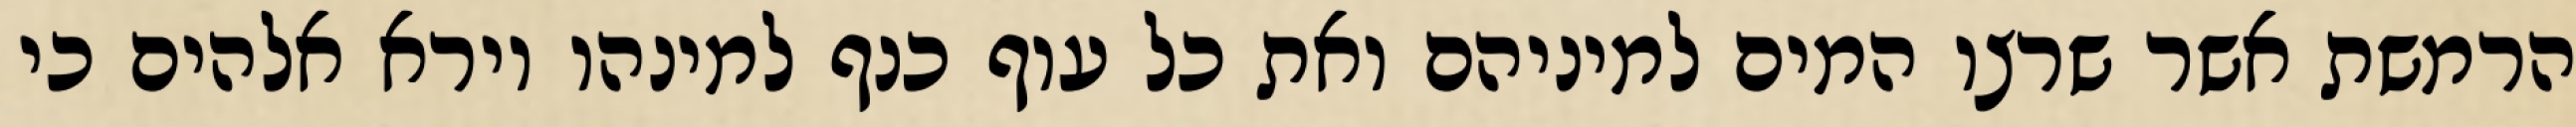
הרמשת אשר שרצו המים למיניהם ואת כל עוף כנף למינהו וירא אלהים כי